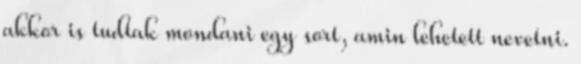
akkor is tudtak mondani egy sort, amin lehetett nevetni.